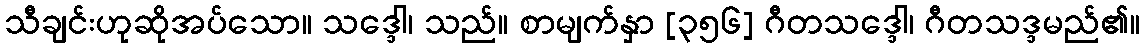
သီချင်းဟုဆိုအပ်သော။ သဒ္ဒေါ၊ သည်။ စာမျက်နှာ [၃၅၆] ဂီတသဒ္ဒေါ၊ ဂီတသဒ္ဒမည်၏။